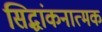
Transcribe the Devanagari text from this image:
सिद्धांकनात्मक